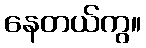
နေတယ်ကွ။